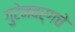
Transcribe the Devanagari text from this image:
गुटेनबर्गचे